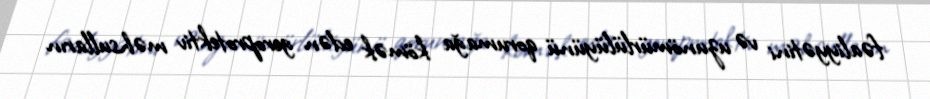
fəaliyyətini və uzunömürlülüyünü qorumağa kömək edən geroprotektiv məhsulların